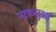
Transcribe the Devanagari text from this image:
नाफनुआ